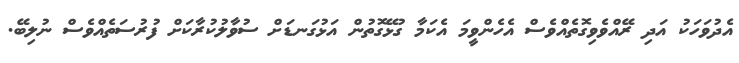
އެދުވަހަކު އަދި ރޭއްވެވިގޮތެއްވެސް އެހެންވީމަ އެކަމާ ގުޅޭގޮތުން އަޅުގަނޑަށް ސުވާލުކުރާކަށް ފުރުސަތެއްވެސް ނުލިބޭ.